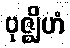
ဗုဇ္ဈိဟံ